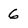
Character: 6